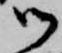
御